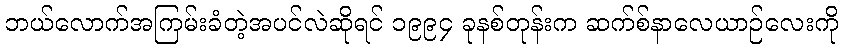
ဘယ်လောက်အကြမ်းခံတဲ့အပင်လဲဆိုရင် ၁၉၉၄ ခုနစ်တုန်းက ဆက်စ်နာလေယာဉ်လေးကို